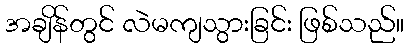
အချိန်တွင် လဲမကျသွားခြင်း ဖြစ်သည်။